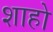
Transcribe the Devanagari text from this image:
शाहो